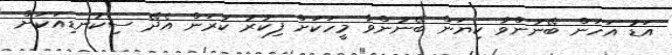
އަޑު އަހަން ބޭނުންވާ ކިޔަން ބޭނުންވާ މީހަކަށް ފިކުރު ކުރަން އެދޭ ސިކުނޑިއަކަށް